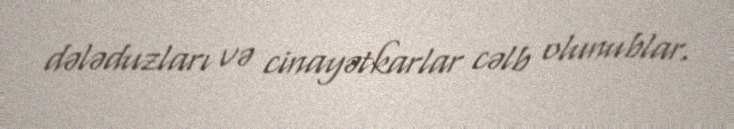
dələduzları və cinayətkarlar cəlb olunublar.